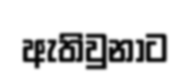
ඇතිවුනාට